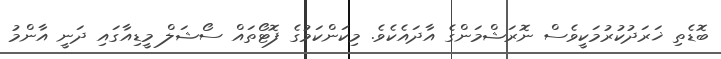
ބޮޑެތި ޚަރަދުކުރުމަކީވެސް ނޮރަޝްމަންގެ އާދައެކެވެ. މިކަންކަމުގެ ފޮޓޯތައް ސޯޝަލް މީޑިއާގައި ދަނީ އާންމު